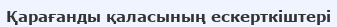
Қарағанды қаласының ескерткіштері